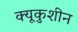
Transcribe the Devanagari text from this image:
क्यूकुशीन